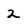
Character: 2